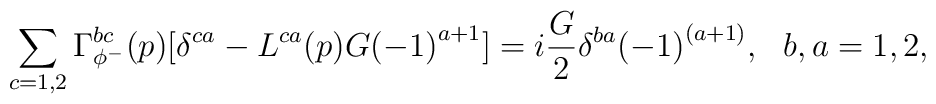
\sum_{c=1,2}\Gamma_{\phi^-}^{bc}(p)[\delta^{ca}-L^{ca}(p)G{(-1)}^{a+1}]=i\frac{G}{2}\delta^{ba}{(-1)}^{(a+1)}, \ \  b,a=1,2,